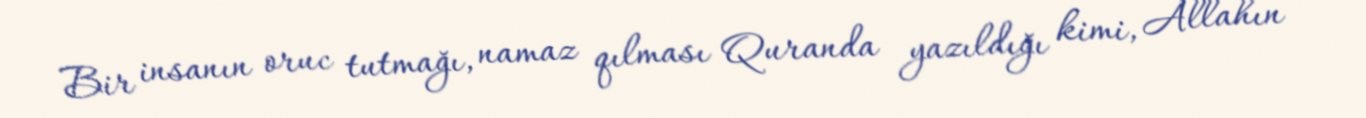
Bir insanın oruc tutmağı, namaz qılması Quranda yazıldığı kimi, Allahın